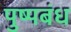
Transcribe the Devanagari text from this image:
पुष्पबंध